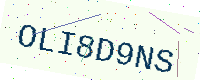
Text: OLI8D9NS